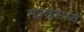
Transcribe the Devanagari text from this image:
सज्ज्यामध्ये